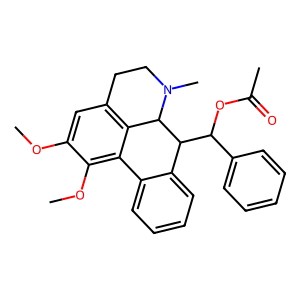
SMILES: COc1cc2c3c(c1OC)-c1ccccc1C(C(OC(C)=O)c1ccccc1)C3N(C)CC2
Inhibits HIV replication: No